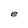
Character: e